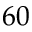
6 0